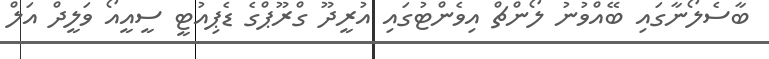
ބާސެލޯނާގައި ބޭއްވުނު ލޯންޗް އިވެންޓުގައި އުރީދޫ ގްރޫޕްގެ ޑެޕިއުޓީ ސީއީއޯ ވަލީދް އަލް